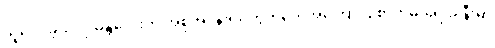
သူဝေငှခဲ့သလို မန္တလေးက အစုအငန်းရပ်ကွက်တွေအကြောင်း စာတမ်းရေးခါနီးမှာ